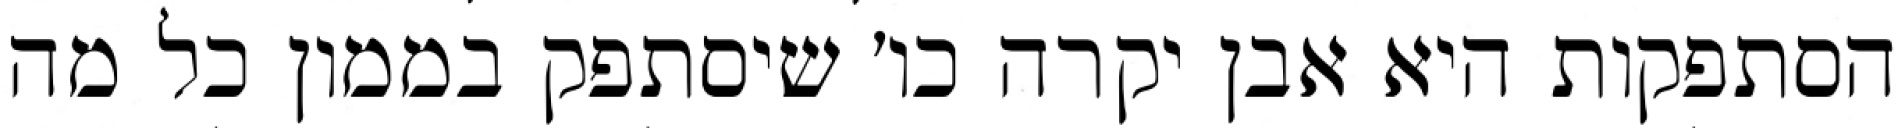
הסתפקות היא אבן יקרה כו׳ שיסתפק בממון כל מה